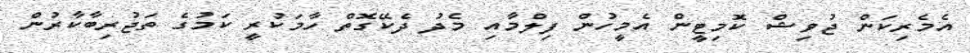
އެމެރިކަން ޖުވިޝް ކޮމިޓީން އެމީހުން ފިލްމާއި މެދު ދެކޭގޮތް ހާމަކުރީ ކަމުގެ ތަޖުރިބާކާރުން